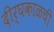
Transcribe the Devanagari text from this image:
दीर्घकाळची